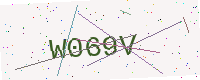
Text: W069V